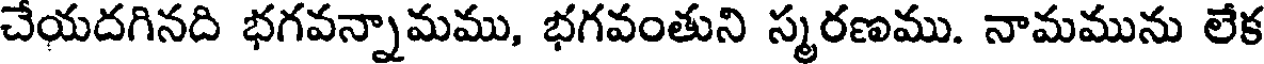
చేయదగినది భగవన్నామము, భగవంతుని స్మరణము. నామమును లేక